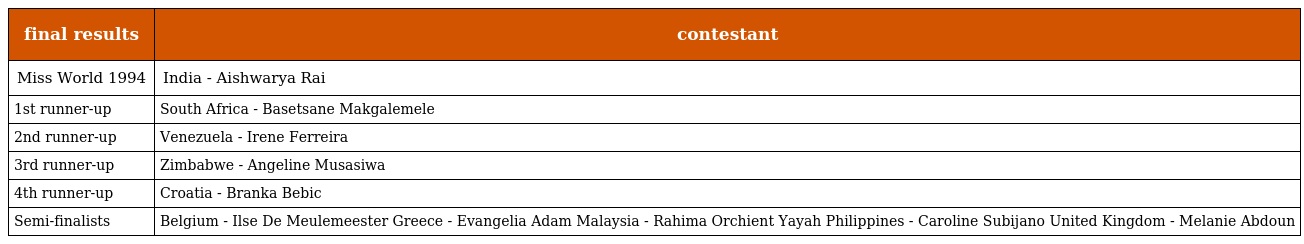
| final results | contestant |
 | --- | --- |
 | Miss World 1994 | India - Aishwarya Rai |
 | 1st runner-up | South Africa - Basetsane Makgalemele |
 | 2nd runner-up | Venezuela - Irene Ferreira |
 | 3rd runner-up | Zimbabwe - Angeline Musasiwa |
 | 4th runner-up | Croatia - Branka Bebic |
 | Semi-finalists | Belgium - Ilse De Meulemeester Greece - Evangelia Adam Malaysia - Rahima Orchient Yayah Philippines - Caroline Subijano United Kingdom - Melanie Abdoun |